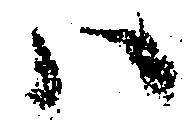
ハ